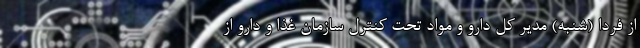
از فردا (شنبه) مدیر کل دارو و مواد تحت کنترل سازمان غذا و دارو از